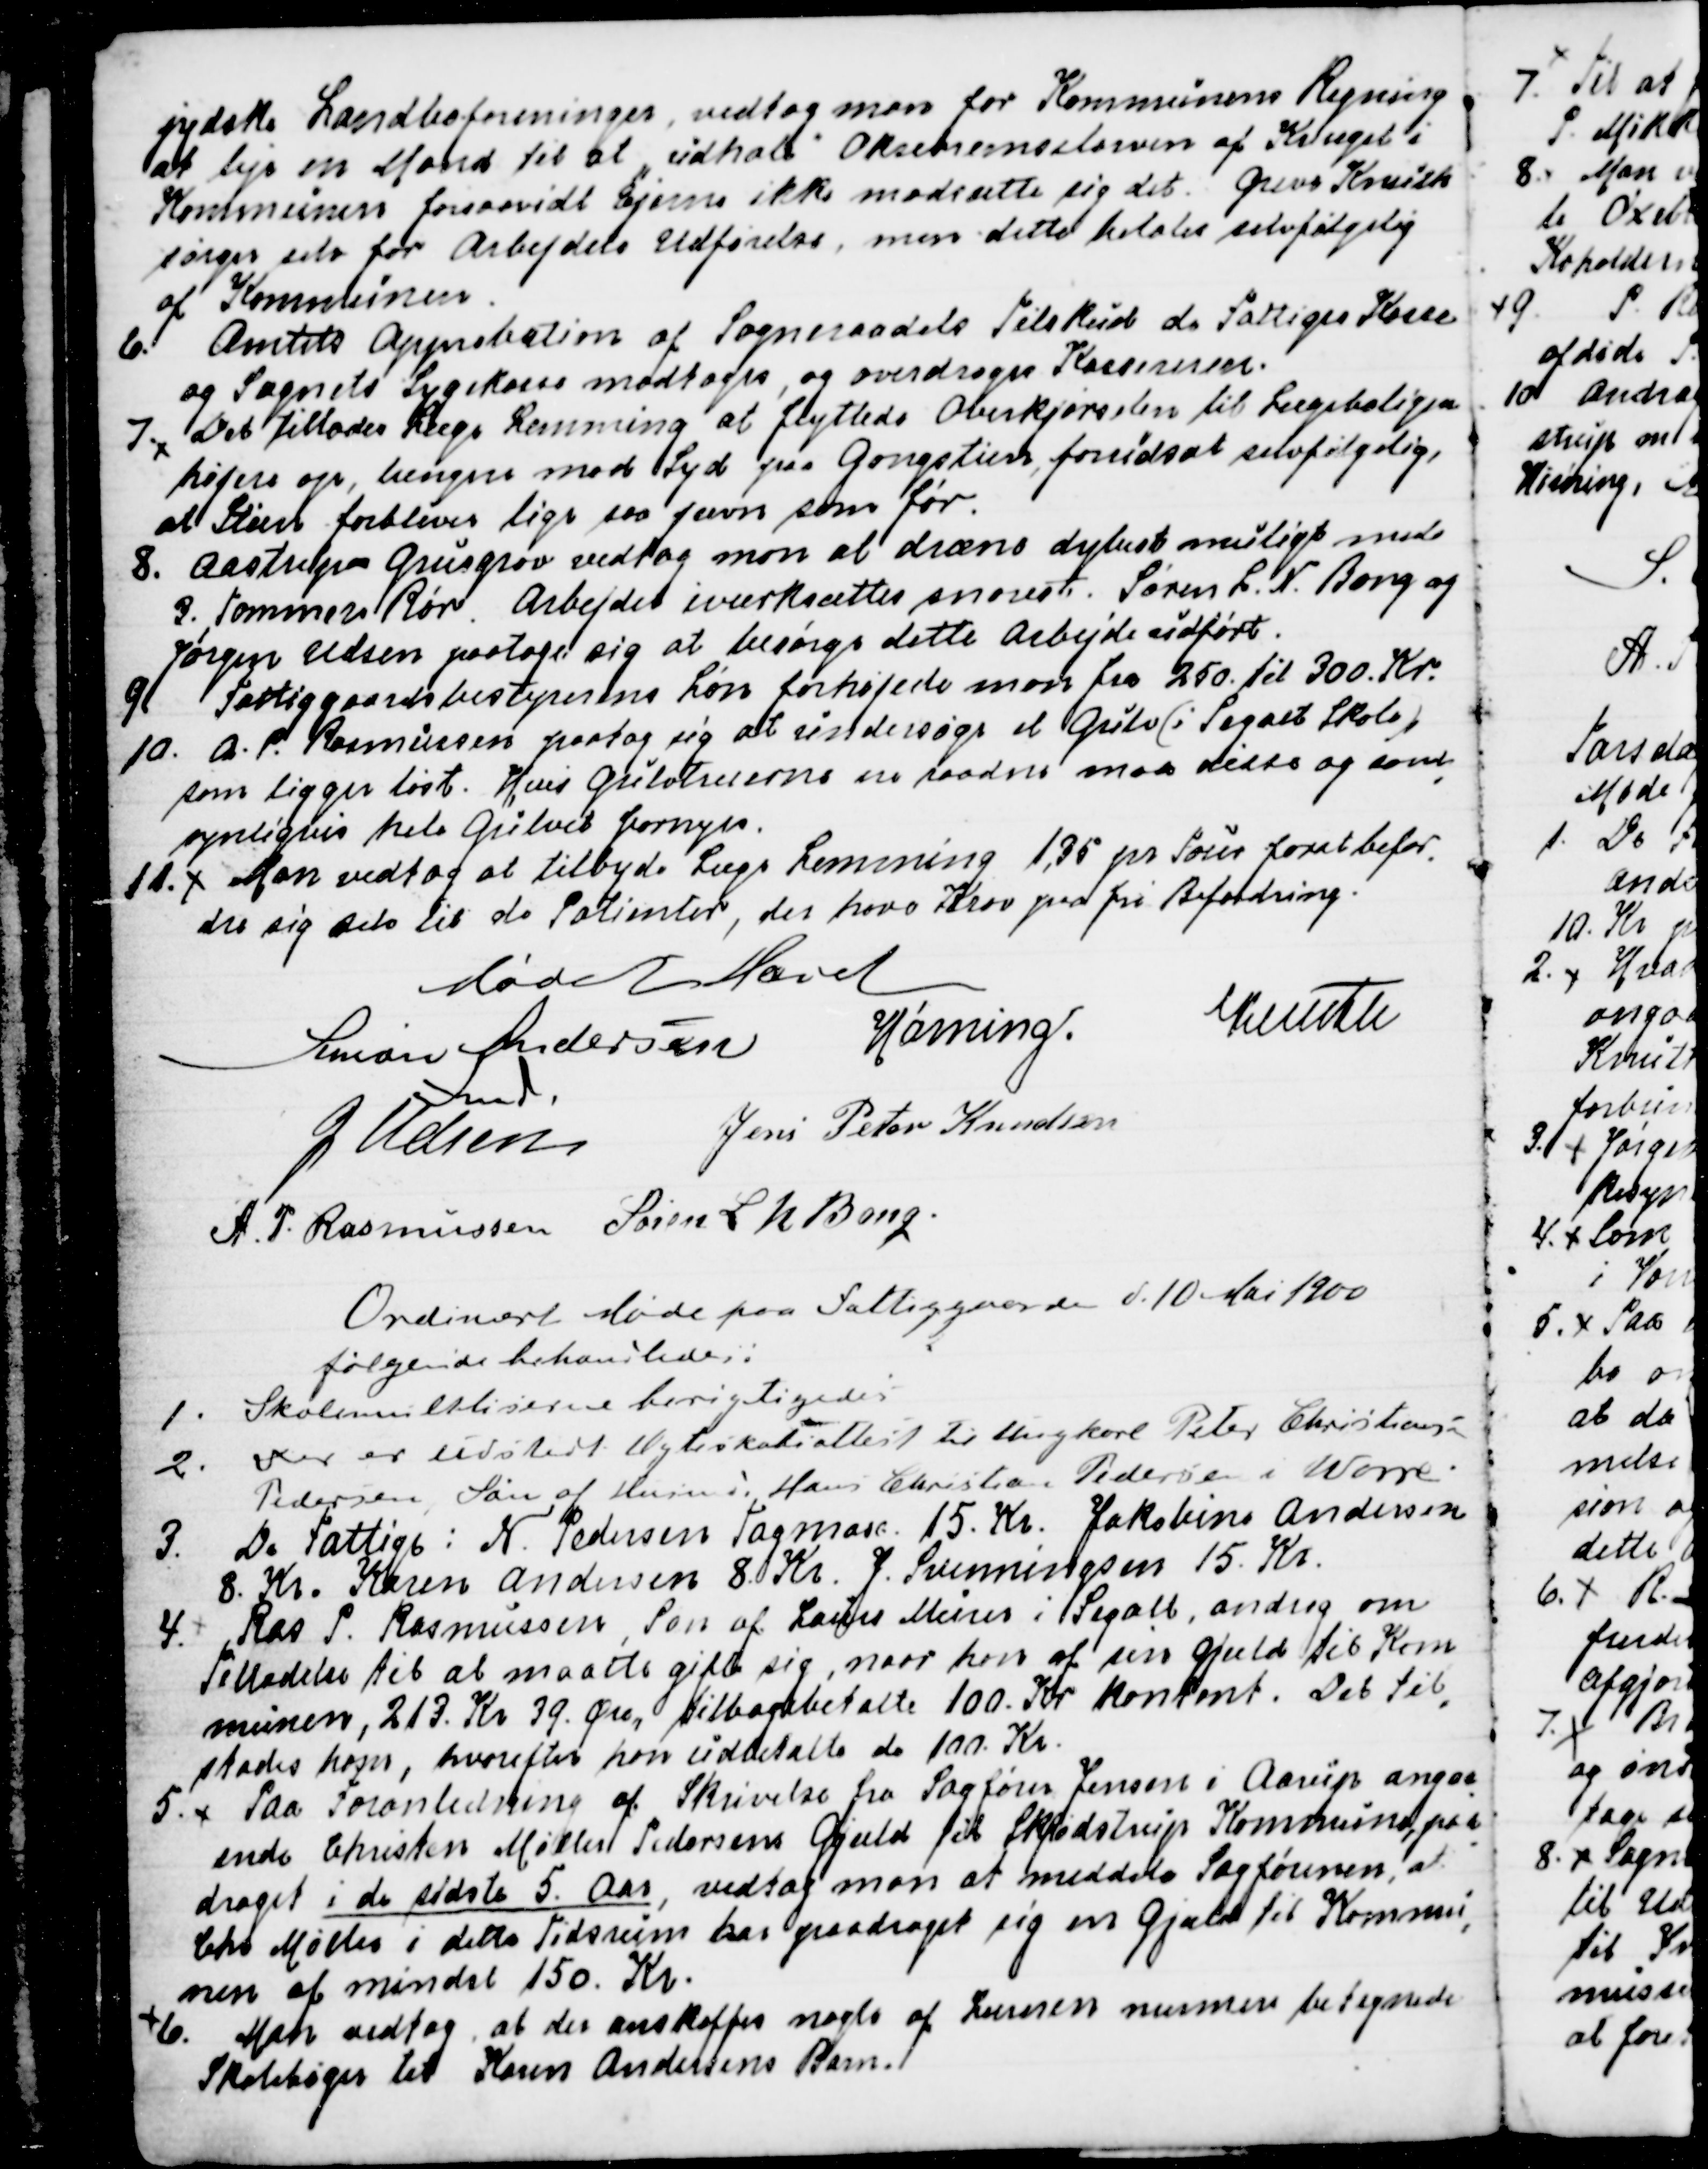
Transskription:
jydske Landboforeninger, vedtog man for Kommunens Regning
at leje en Mand til at udhale Oksebremselarven af Kvæget i
Kommunen forsaavidt Ejerne ikke modsætte sig det. Greve Knuth
sørger selv for Arbejdets Udførelse, men dette betales selvfølgelig
af Kommunen.
6. Amtets Approbation af Sogneraadets Tilskud de Fattiges Kasse
og Sognets Sygekasse modtoges og overdroges Kassereren.
7. Det tillodes Læge Lemming at flyttede Overkjørslen til Lægeboligen
højere op, længere mod Syd paa Gangstien, forudsat selvfølgelig
at Stien forbliver lige saa jævn som før.
8. Aastrup Grusgrav vedtog man at dræne dybest muligt med
3. Tommers Rør. Arbejdet iværksættes snarest. Søren L. N. Bang og
Jørgen Udsen paatoge sig at besørge dette Arbejde udført.
9. Fattiggaardsbestyrerens Løn forhøjede man fra 250. til 300. Kr.
10. A. P. Rasmussen paatog sig at undersøge et Gulv (i Segalt Skole)
som ligger løst. Hvis Gulvtræerne er raadne maa disse og sand
=
synligvis hele Gulvet fornyes.
11. Man vedtog at tilbyde Læge Lemming 1,35 pr Tour forat befor
=
dre sig selv til de Patienter, der have Krav paa fri Befordring.
Mødet Hævet
Simon Andersen
Fmd.
Hørning.
Knuth
J. Udsen
Jens Peter Knudsen
A. P. Rasmussen
Søren L N Bang.

Ordinært Møde paa Fattiggarden d. 10 Mai 1900
følgende behandledes:
1. Skolemulktlisterne berigtigedes.
2. Der er udstedt Ægteskabsattest til Ungkarl Peter Christiansen
Pedersen, Søn af Husmd Hans Christian Pedersen i Worre
3. De Fattige: N. Pedersen Tagmose 15. Kr, Jakobine Andersen
8. Kr. Karen Andersen 8. Kr. J. Svenningsen 15. Kr.
4. Ras P Rasmussen, Søn af Laurs Murer i Segalt, androg om
Tilladelse til at maatte gifte sig, naar han af sin Gjæld til Kom
=
munen, 213. Kr 39. Øre tilbagebetalte 100. Kr. kontant. Det til
=
stodes ham, hvorefter han udbetalte de 100. Kr.
5. Paa Foranledning af Skrivelse fra Sagfører Jensen i Aarup angaa
=
ende Christen Møller Pedersens Gjæld til Skjødstrup Kommune, paa
=
draget i de sidste 5. Aar, vedtog man at meddele Sagføreren, at
Chr. Møller i dette Tidsrum har paadraget sig en Gjæld til Kommu
=
nen af mindst 150. Kr.
6. Man vedtog, at der anskaffes nogle af Læreren nærmere betegnede
Skolebøger til Karen Andersens Barn.